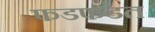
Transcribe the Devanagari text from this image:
फडफडत